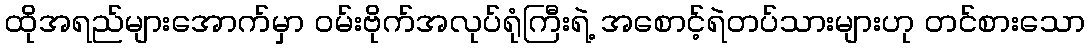
ထိုအရည်များအောက်မှာ ဝမ်းဗိုက်အလုပ်ရုံကြီးရဲ့ အစောင့်ရဲတပ်သားများဟု တင်စားသော